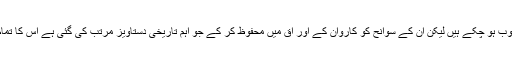
یہ سب آفتاب و ماہتاب اب ہمیشہ کے لیے غروب ہو چکے ہیں لیکن ان کے سوانح کو کاروان کے اور اق میں محفوظ کر کے جو اہم تاریخی دستاویز مرتب کی گئی ہے اس کا تمام اعزاز پروفیسر سمیع اللہ قریشی کو جاتا ہے۔